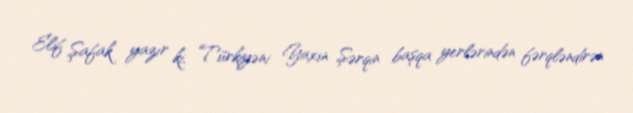
Elif Şafak yazır ki, Türkiyəni Yaxın Şərqin başqa yerlərindən fərqləndirən